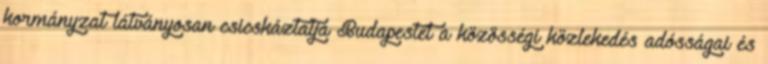
kormányzat látványosan csicskáztatja Budapestet a közösségi közlekedés adósságai és